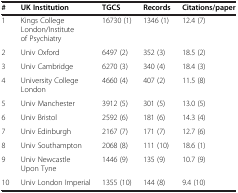
| # | UK Institution | TGCS | Records | Citations/paper |
 | --- | --- | --- | --- | --- |
 | 1 | Kings College London/Institute of Psychiatry | 16730 (1) | 1346 (1) | 12.4 (7) |
 | 2 | Univ Oxford | 6497 (2) | 352 (3) | 18.5 (2) |
 | 3 | Univ Cambridge | 6270 (3) | 340 (4) | 18.4 (3) |
 | 4 | University College London | 4660 (4) | 407 (2) | 11.5 (8) |
 | 5 | Univ Manchester | 3912 (5) | 301 (5) | 13.0 (5) |
 | 6 | Univ Bristol | 2592 (6) | 181 (6) | 14.3 (4) |
 | 7 | Univ Edinburgh | 2167 (7) | 171 (7) | 12.7 (6) |
 | 8 | Univ Southampton | 2068 (8) | 111 (10) | 18.6 (1) |
 | 9 | Univ Newcastle Upon Tyne | 1446 (9) | 135 (9) | 10.7 (9) |
 | 10 | Univ London Imperial | 1355 (10) | 144 (8) | 9.4 (10) |